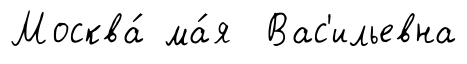
Москва́ ма́я Вас'ильевна